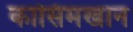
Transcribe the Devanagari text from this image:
कासिमखान